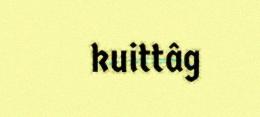
kuittâg